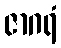
ဇာဂရံ